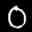
Label: 0